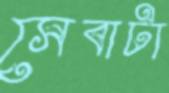
সেবাটা